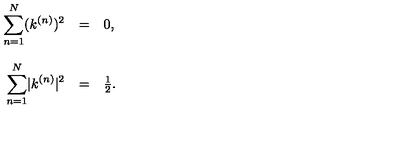
\begin{array} { r c l } { \displaystyle { \sum _ { n = 1 } ^ { N } } ( k ^ { ( n ) } ) ^ { 2 } } & { = } & { 0 , } \\ { } & { } & { } \\ { \displaystyle { \sum _ { n = 1 } ^ { N } } | k ^ { ( n ) } | ^ { 2 } } & { = } & { \frac { 1 } { 2 } . } \\ \end{array}